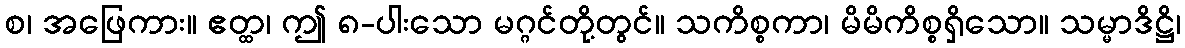
စ၊ အဖြေကား။ ဧတ္ထ၊ ဤ ၈-ပါးသော မဂ္ဂင်တို့တွင်။ သကိစ္စကာ၊ မိမိကိစ္စရှိသော။ သမ္မာဒိဋ္ဌိ၊